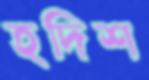
হদিশ